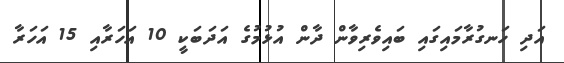
އަދި ހަނގުރާމައިގައި ބައިވެރިވާން ދާން އުޅުމުގެ އަދަބަކީ 10 އަހަރާއި 15 އަހަރާ